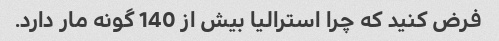
فرض کنید که چرا استرالیا بیش از 140 گونه مار دارد.